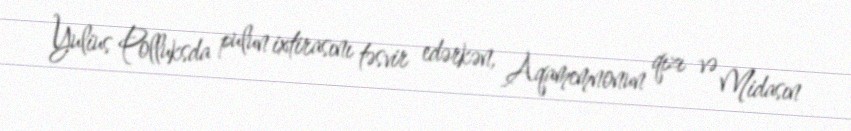
Yulius Polluksda pulun ixtirasını təsvir edərkən, Aqamemnonun qızı və Midasın